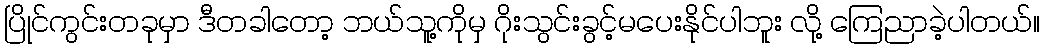
ပြိုင်ကွင်းတခုမှာ ဒီတခါတော့ ဘယ်သူ့ကိုမှ ဂိုးသွင်းခွင့်မပေးနိုင်ပါဘူး လို့ ကြေညာခဲ့ပါတယ်။